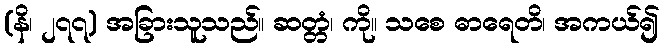
(နိ၊ ၂၇၇) အခြားသူသည်။ ဆတ္တံ၊ ကို။ သစေ ဓာရေတိ၊ အကယ်၍